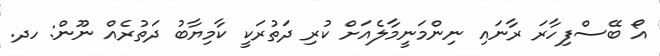
އޯ ބޭސްފިހާރަ ރާނައި ނިންމަނީމާލެއަށް ކުރި ދަތުރަކީ ކާމިޔާބު ދަތުރެއް ނޫން: ހދ.